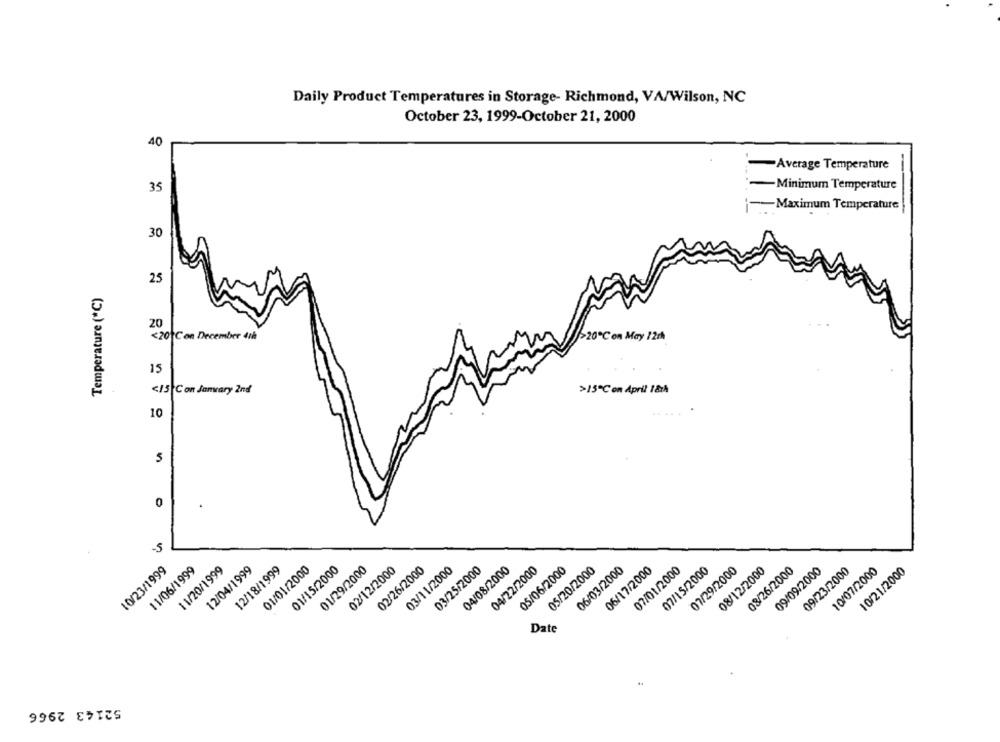
Daily Product Temperatures in Storage- Richmond, VA/Wilson, NC
October 23, 1999-October 21, 2000
40
-Average Temperature
-Minimum Temperature
35
-- Maximum Temperature
30
25
Temperature (*C)
48
<20 C on December 4th
>20℃ on May 12ch
15
<15 Con Janvary 2nd
>15℃ on April 1&h
10
5
0
-5
11/20/1999
12/18/1999
02/26/2000
10/23/1999
11/06/1999
12/04/1999
01/01/2000
01/15/2000
01/29/2000
02/12/2000
03/11/2000
03/25/2000
04/08/2000
04/22/2000
05/06/2000
05/20/2000
06/03/2000
06/17/2000
07/01/2000
07/15/2000
07/29/2000
08/12/2000
03/26/2000
09/09/2000
09/23/2000
10/07/2000
10/21/2000
Date
52143 2966